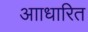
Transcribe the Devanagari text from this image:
आाधारित